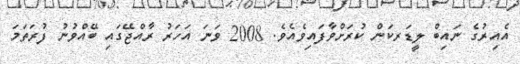
އެއިރުގެ ނައިބް ލީޑަރކަން ކުރަށްވާފައިވެއެވެ. 2008 ވަނަ އަހަރު ރާއްޖޭގައި ބޭއްވުނު ފުރަތަމަ